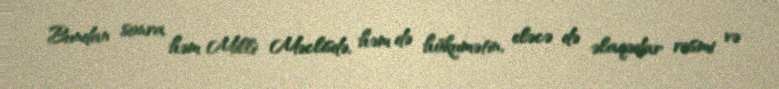
Bundan sonra həm Milli Məclisdə, həm də hökumətin, eləcə də əlaqədar rəsmi və